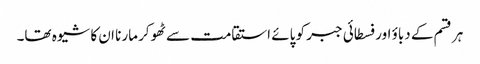
ہر قسم کے دباؤ اور فسطائی جبر کو پائے استقامت سے ٹھوکر مارنا ان کا شیوہ تھا۔